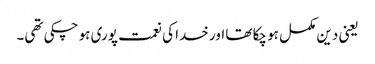
یعنی دین مکمل ہو چکا تھا اور خدا کی نعمت پوری ہو چکی تھی۔